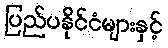
ပြည်ပနိုင်ငံများနှင့်